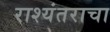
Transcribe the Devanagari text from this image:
राश्यंतराचा